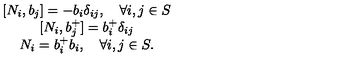
\begin{array} { c } { [ N _ { i } , b _ { j } ] = - b _ { i } \delta _ { i j } , \quad \forall i , j \in S } \\ { [ N _ { i } , b _ { j } ^ { + } ] = b _ { i } ^ { + } \delta _ { i j } } \\ { N _ { i } = b _ { i } ^ { + } b _ { i } , \quad \forall i , j \in S . } \\ \end{array}